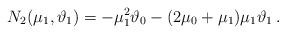
LaTeX: \begin{align*} N_2(\mu_1,\vartheta_1) = -\mu_1^2\vartheta_0 - (2\mu_0+\mu_1)\mu_1\vartheta_1 \,. \end{align*}